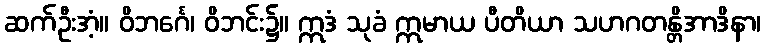
ဆက်ဦးအံ့။ ဝိဘင်္ဂေ၊ ဝိဘင်း၌။ ဣဒံ သုခံ ဣမာယ ပီတိယာ သဟဂတန္တိအာဒိနာ၊